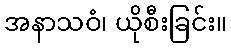
အနာသဝံ၊ ယိုစီးခြင်း။